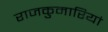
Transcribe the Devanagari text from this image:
राजकुमारियां